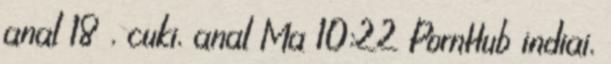
anal 18 , cuki, anal Ma 10:22 PornHub indiai,